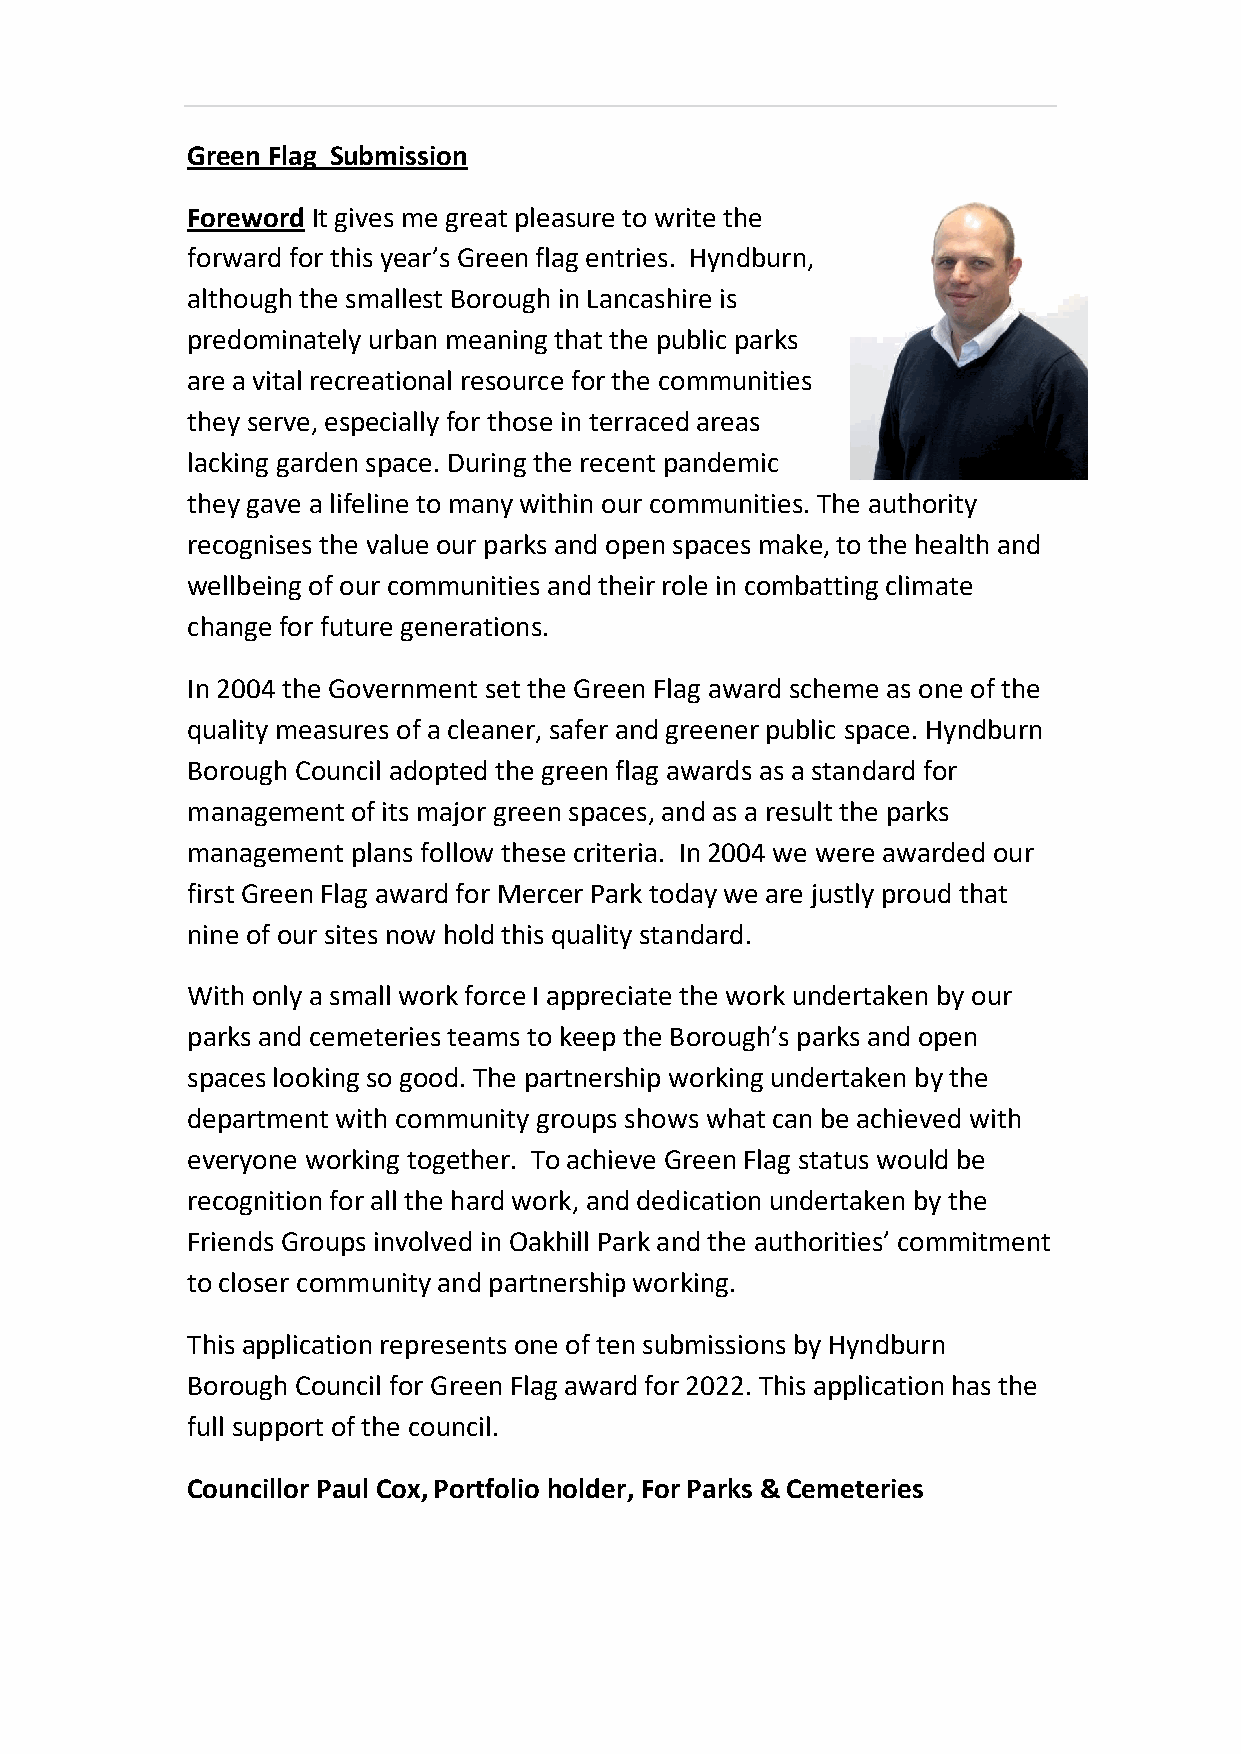
Green Flag Submission
 Foreword It gives me great pleasure to write the
 forward for this year’s Green flag entries. Hyndburn,
 although the smallest Borough in Lancashire is
 predominately urban meaning that the public parks
 are a vital recreational resource for the communities
 they serve, especially for those in terraced areas
 lacking garden space. During the recent pandemic
 they gave a lifeline to many within our communities. The authority
 recognises the value our parks and open spaces make, to the health and
 wellbeing of our communities and their role in combatting climate
 change for future generations.
 In 2004 the Government set the Green Flag award scheme as one of the
 quality measures of a cleaner, safer and greener public space. Hyndburn
 Borough Council adopted the green flag awards as a standard for
 management of its major green spaces, and as a result the parks
 management plans follow these criteria. In 2004 we were awarded our
 first Green Flag award for Mercer Park today we are justly proud that
 nine of our sites now hold this quality standard.
 With only a small work force I appreciate the work undertaken by our
 parks and cemeteries teams to keep the Borough’s parks and open
 spaces looking so good. The partnership working undertaken by the
 department with community groups shows what can be achieved with
 everyone working together. To achieve Green Flag status would be
 recognition for all the hard work, and dedication undertaken by the
 Friends Groups involved in Oakhill Park and the authorities’ commitment
 to closer community and partnership working.
 This application represents one of ten submissions by Hyndburn
 Borough Council for Green Flag award for 2022. This application has the
 full support of the council.
 Councillor Paul Cox, Portfolio holder, For Parks & Cemeteries